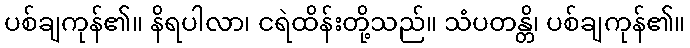
ပစ်ချကုန်၏။ နိရပါလာ၊ ငရဲထိန်းတို့သည်။ သံပတန္တိ၊ ပစ်ချကုန်၏။